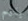
يقيم